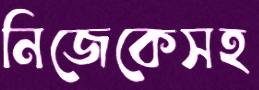
নিজেকেসহ